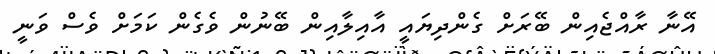
އޭނާ ރާއްޖެއިން ބޭރަށް ގެންދިޔައީ އާއިލާއިން ބޭނުން ވެގެން ކަމަށް ވެސް ވަނީ